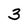
Character: 3